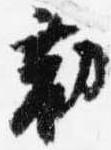
勧